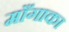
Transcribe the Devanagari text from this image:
माँगाका